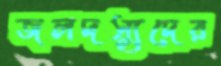
জলদস্যুদের